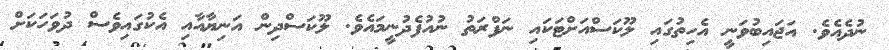
ނުދެއެވެ. އަޖައިބުވަނީ އެހިތުގައި ލޫކަސްއަށްޓަކައި ނަފްރަތު ނުއުފެދުނީމައެވެ. ލޫކަސްދިން އަނިޔާއާއި އެކުގައިވެސް ދުވަހަކަށް